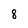
Character: 8